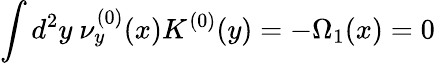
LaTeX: \int d^{2}y~\nu_{y}^{(0)}(x)K^{(0)}(y)=-\Omega_{1}(x)=0